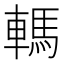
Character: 𨎇